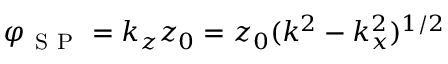
\varphi _ { \mathrm { ~ S ~ P ~ } } = k _ { z } z _ { 0 } = z _ { 0 } ( k ^ { 2 } - k _ { x } ^ { 2 } ) ^ { 1 / 2 }